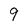
Character: q